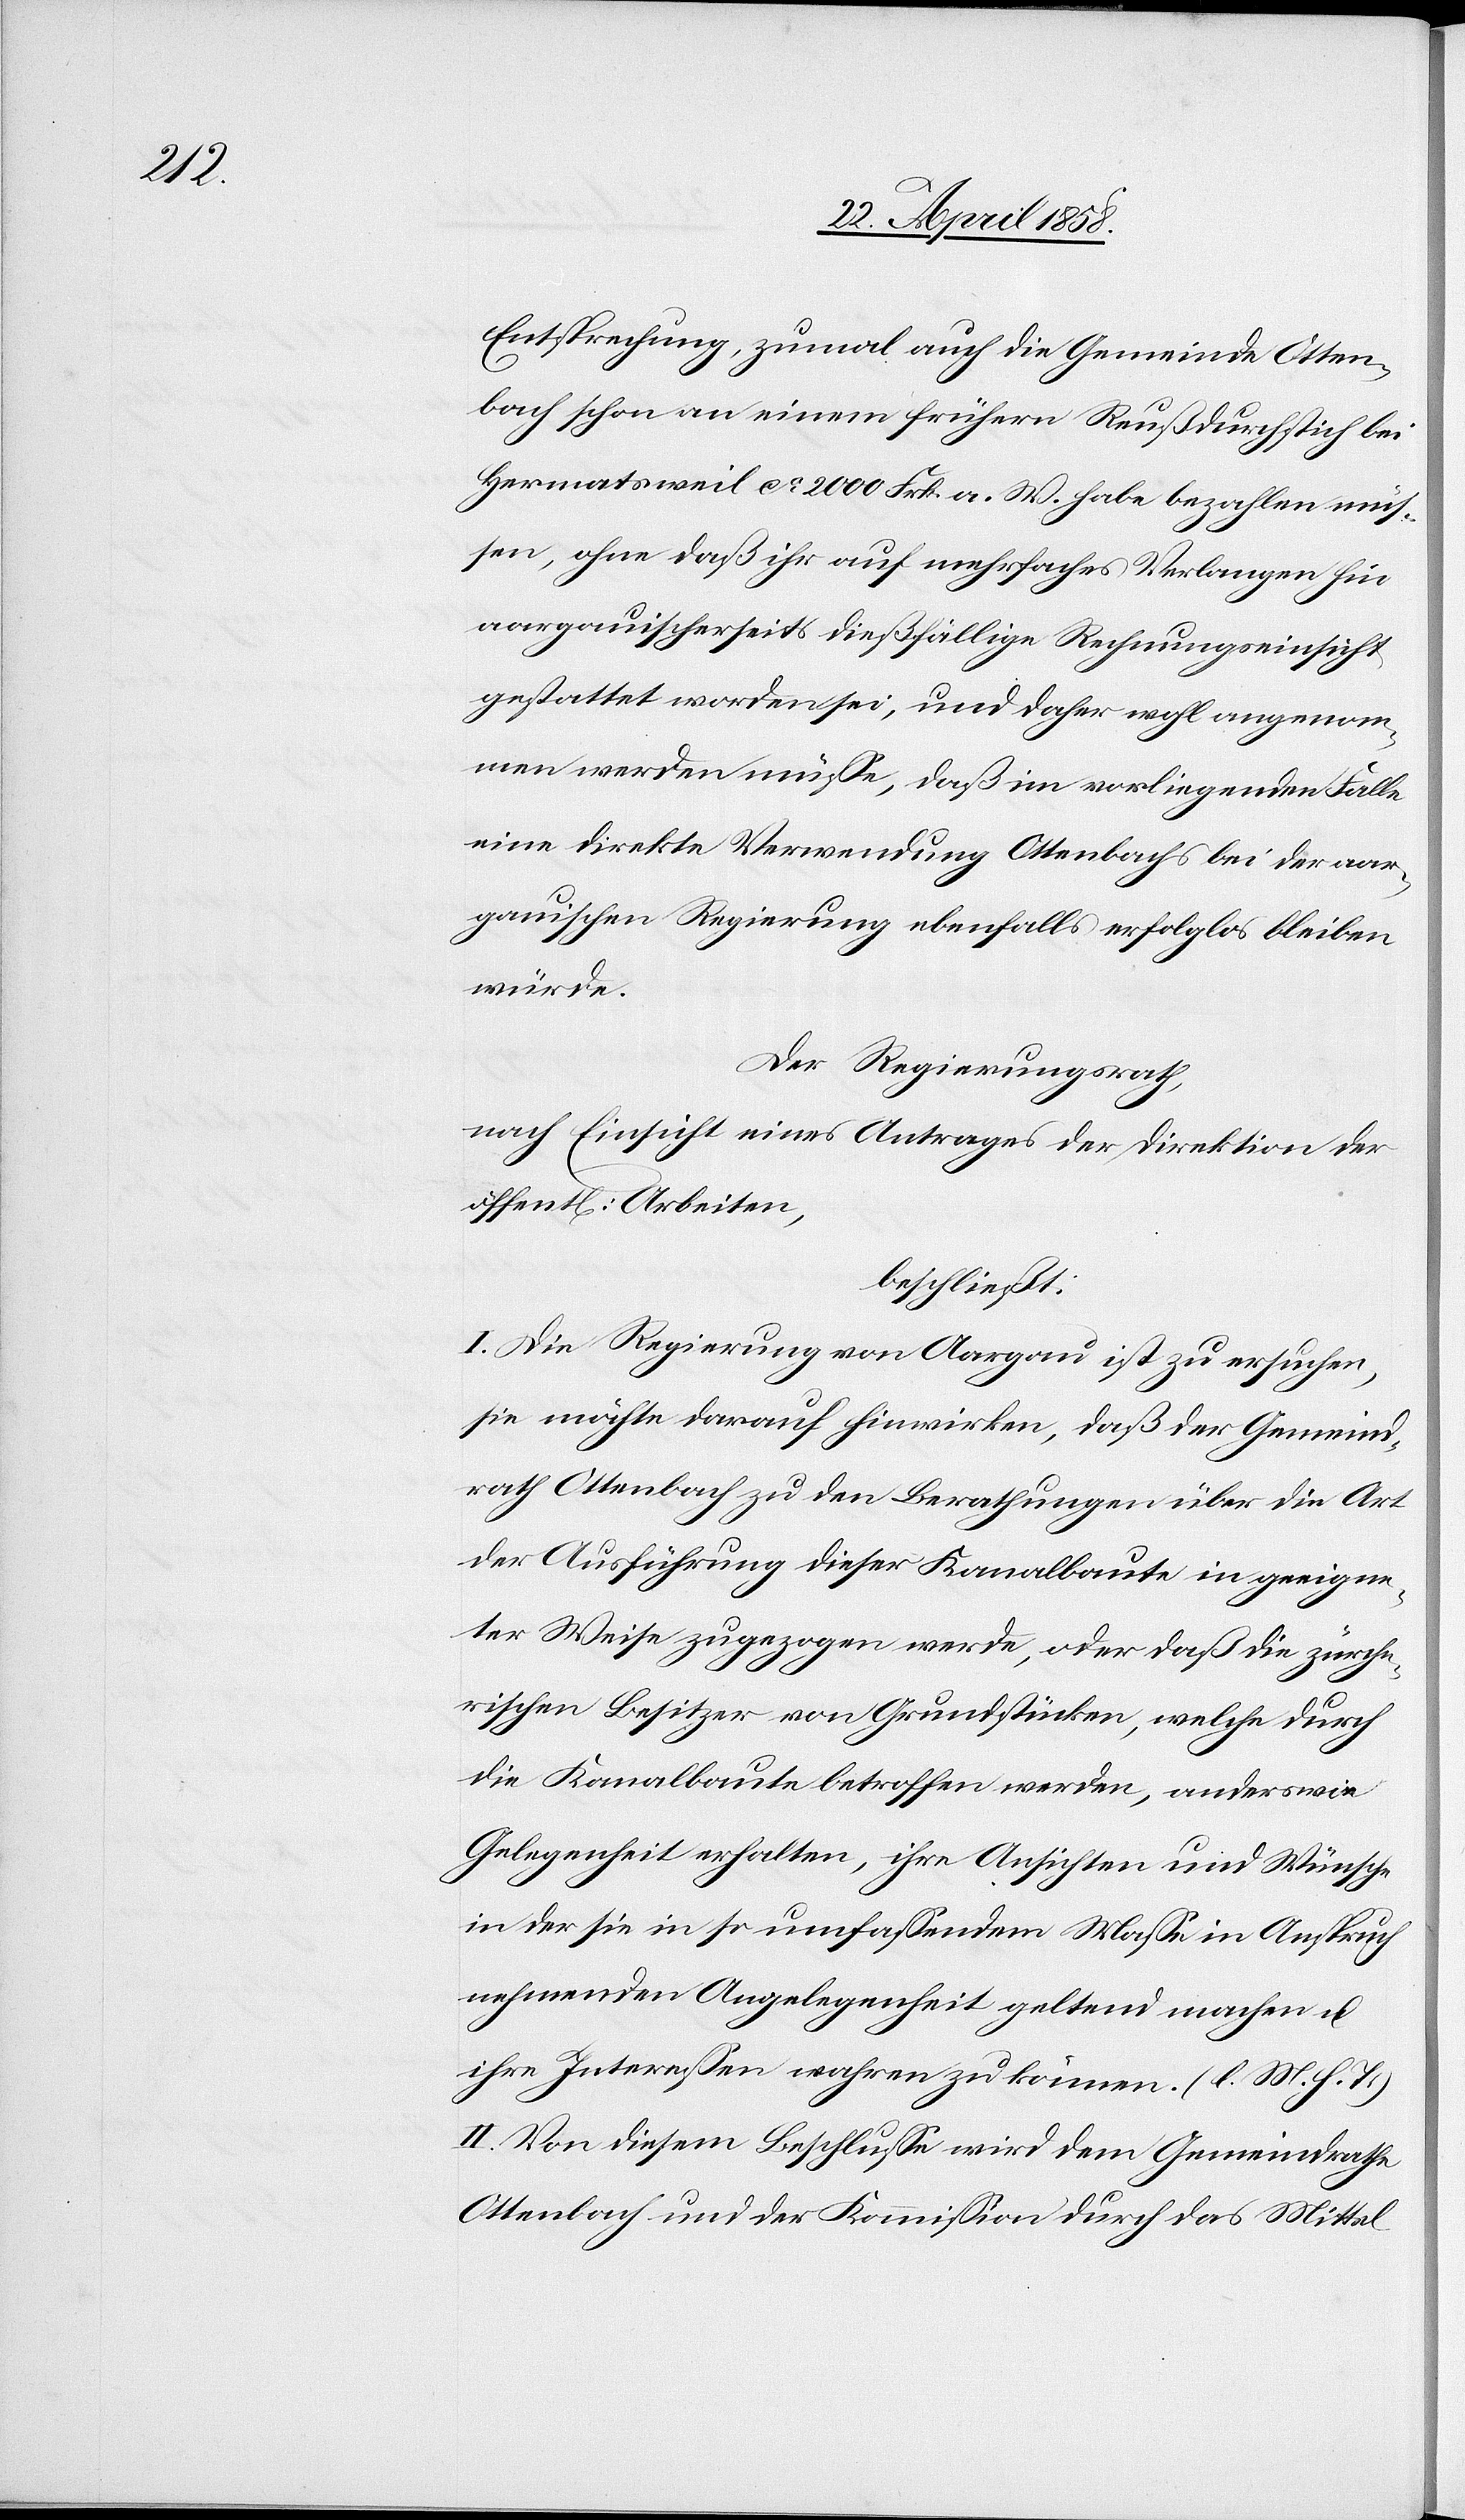
Entsprechung, zumal auch die Gemeinde Otten¬
bach schon an einem frühern Reußdurchstich bei
Hermatsweil ca 2000 Frk. a. W. habe bezahlen müs¬
sen, ohne daß ihr auf mehrfaches Verlangen für
aargauischerseits dießfällige Rechnungseinsicht
gestattet worden sei, und daher wohl angenom¬
men werden müsse, daß im vorliegenden Falle
eine direkte Verwendung Ottenbachs bei der aar¬
gauischen Regierung ebenfalls erfolglos bleiben
würde.
Der Regierungsrath,
nach Einsicht eines Antrages der Direktion der
öffent[lichen] Arbeiten,
beschließt:
I. Die Regierung von Aargau ist zu ersuchen,
sie möchte darauf hinwirken, daß der Gemeind¬
rath Ottenbach zu den Berathungen über die Art
der Ausführung dieser Kanalbaute in geeigne¬
ter Weise zugezogen werde, oder daß die zürche¬
rischen Besitzer von Grundstücken, welche durch
die Kanalbaute betroffen werden, anderswie
Gelegenheit erhalten, ihre Ansichten und Wünsche
in der sie in so umfaßendem Maße in Anspruch
nehmenden Angelegenheit geltend machen u.
ihre Interessen wahren zu können. (l. M. h. T.)
II. Von diesem Beschlusse wird dem Gemeindrathe
Ottenbach und der Kommission durch das Mittel